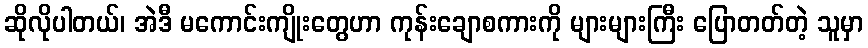
ဆိုလိုပါတယ်၊ အဲဒီ မကောင်းကျိုးတွေဟာ ကုန်းချောစကားကို များများကြီး ပြောတတ်တဲ့ သူမှာ